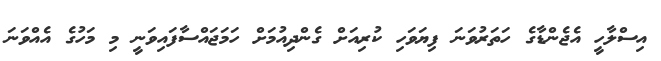
އިސްލާހީ އެޖެންޑާގެ ހަތަރުވަނަ ފިޔަވަހި ކުރިއަށް ގެންދިއުމަށް ހަމަޖައްސާފައިވަނީ މި މަހުގެ އެއްވަނަ